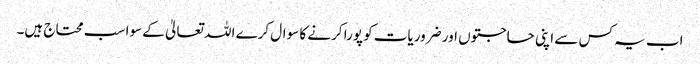
اب یہ کس سے اپنی حاجتوں اور ضروریات کو پورا کرنے کا سوال کرے اللہ تعالیٰ کے سوا سب محتاج ہیں۔